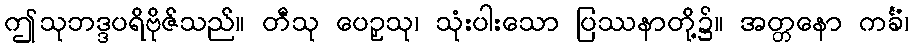
ဤသုဘဒ္ဒပရိဗိုဇ်သည်။ တီသု ပေဉှသု၊ သုံးပါးသော ပြဿနာတို့၌။ အတ္တနော ကင်္ခံ၊